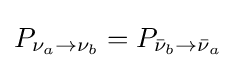
P_{\nu _{a}\rightarrow \nu _{b}}=P_{{\bar {\nu }}_{b}\rightarrow {\bar {\nu }}_{a}}